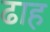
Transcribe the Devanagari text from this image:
ढाह